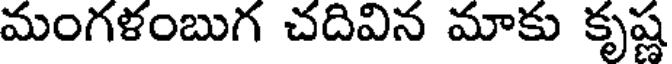
మంగళంబుగ చదివిన మాకు కృష్ణ